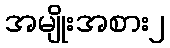
အမျိုးအစား၂